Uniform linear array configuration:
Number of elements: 24
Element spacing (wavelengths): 0.25
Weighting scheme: exponential
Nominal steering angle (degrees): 15
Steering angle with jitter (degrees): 16.957
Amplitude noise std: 0.05
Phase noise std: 0.05

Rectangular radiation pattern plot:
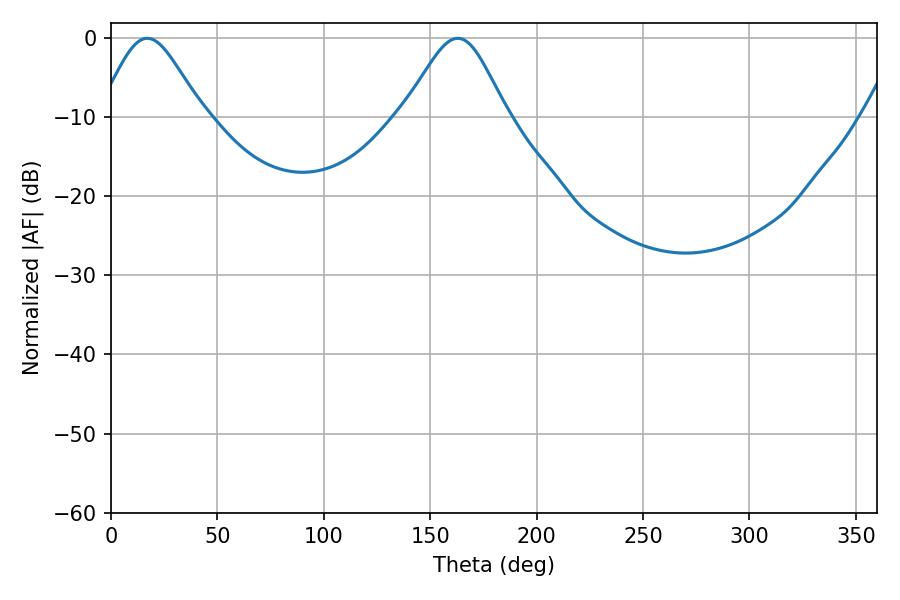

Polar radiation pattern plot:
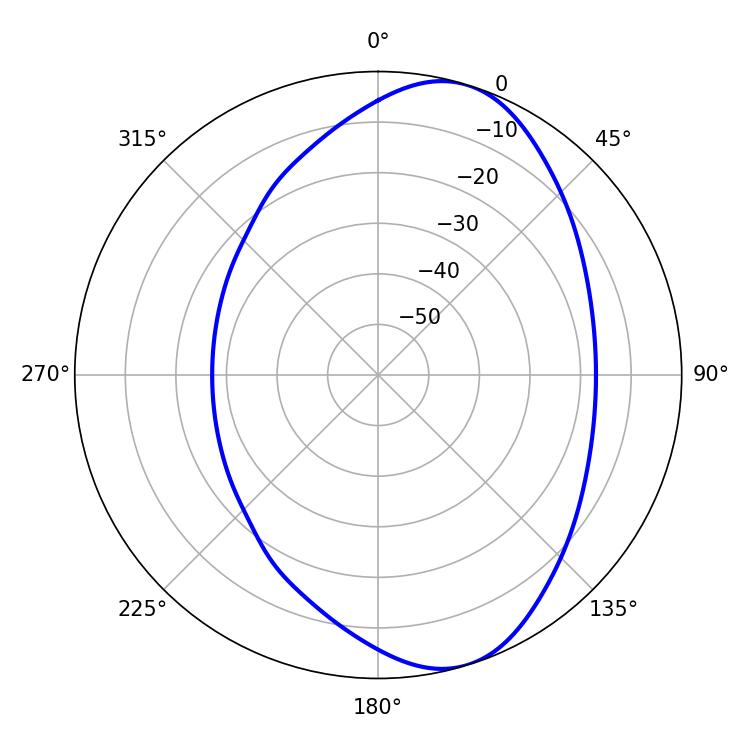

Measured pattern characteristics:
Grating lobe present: FALSE
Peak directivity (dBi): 7.855
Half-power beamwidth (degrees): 24.12
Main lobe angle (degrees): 17.1